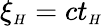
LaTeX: \xi_{{\scriptscriptstyle H}}=ct_{{\scriptscriptstyle H}}